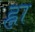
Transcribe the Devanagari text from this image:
ह्ना